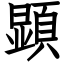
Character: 顕